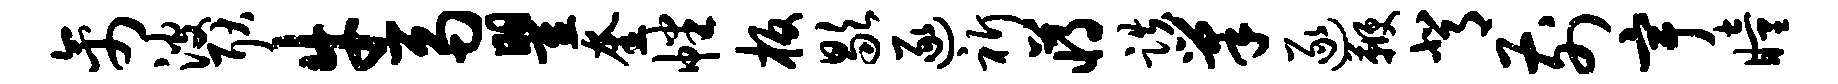
禽波耿牛鬲瞿奎幡板歇逐祈蒋跌巢逐鞭背前宇瞳